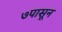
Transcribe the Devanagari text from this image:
७पासून